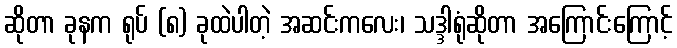
ဆိုတာ ခုနက ရုပ် (၈) ခုထဲပါတဲ့ အဆင်းကလေး၊ သဒ္ဒါရုံဆိုတာ အကြောင်းကြောင့်